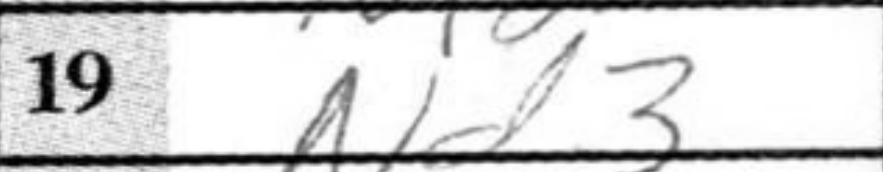
Transcription: Nd3